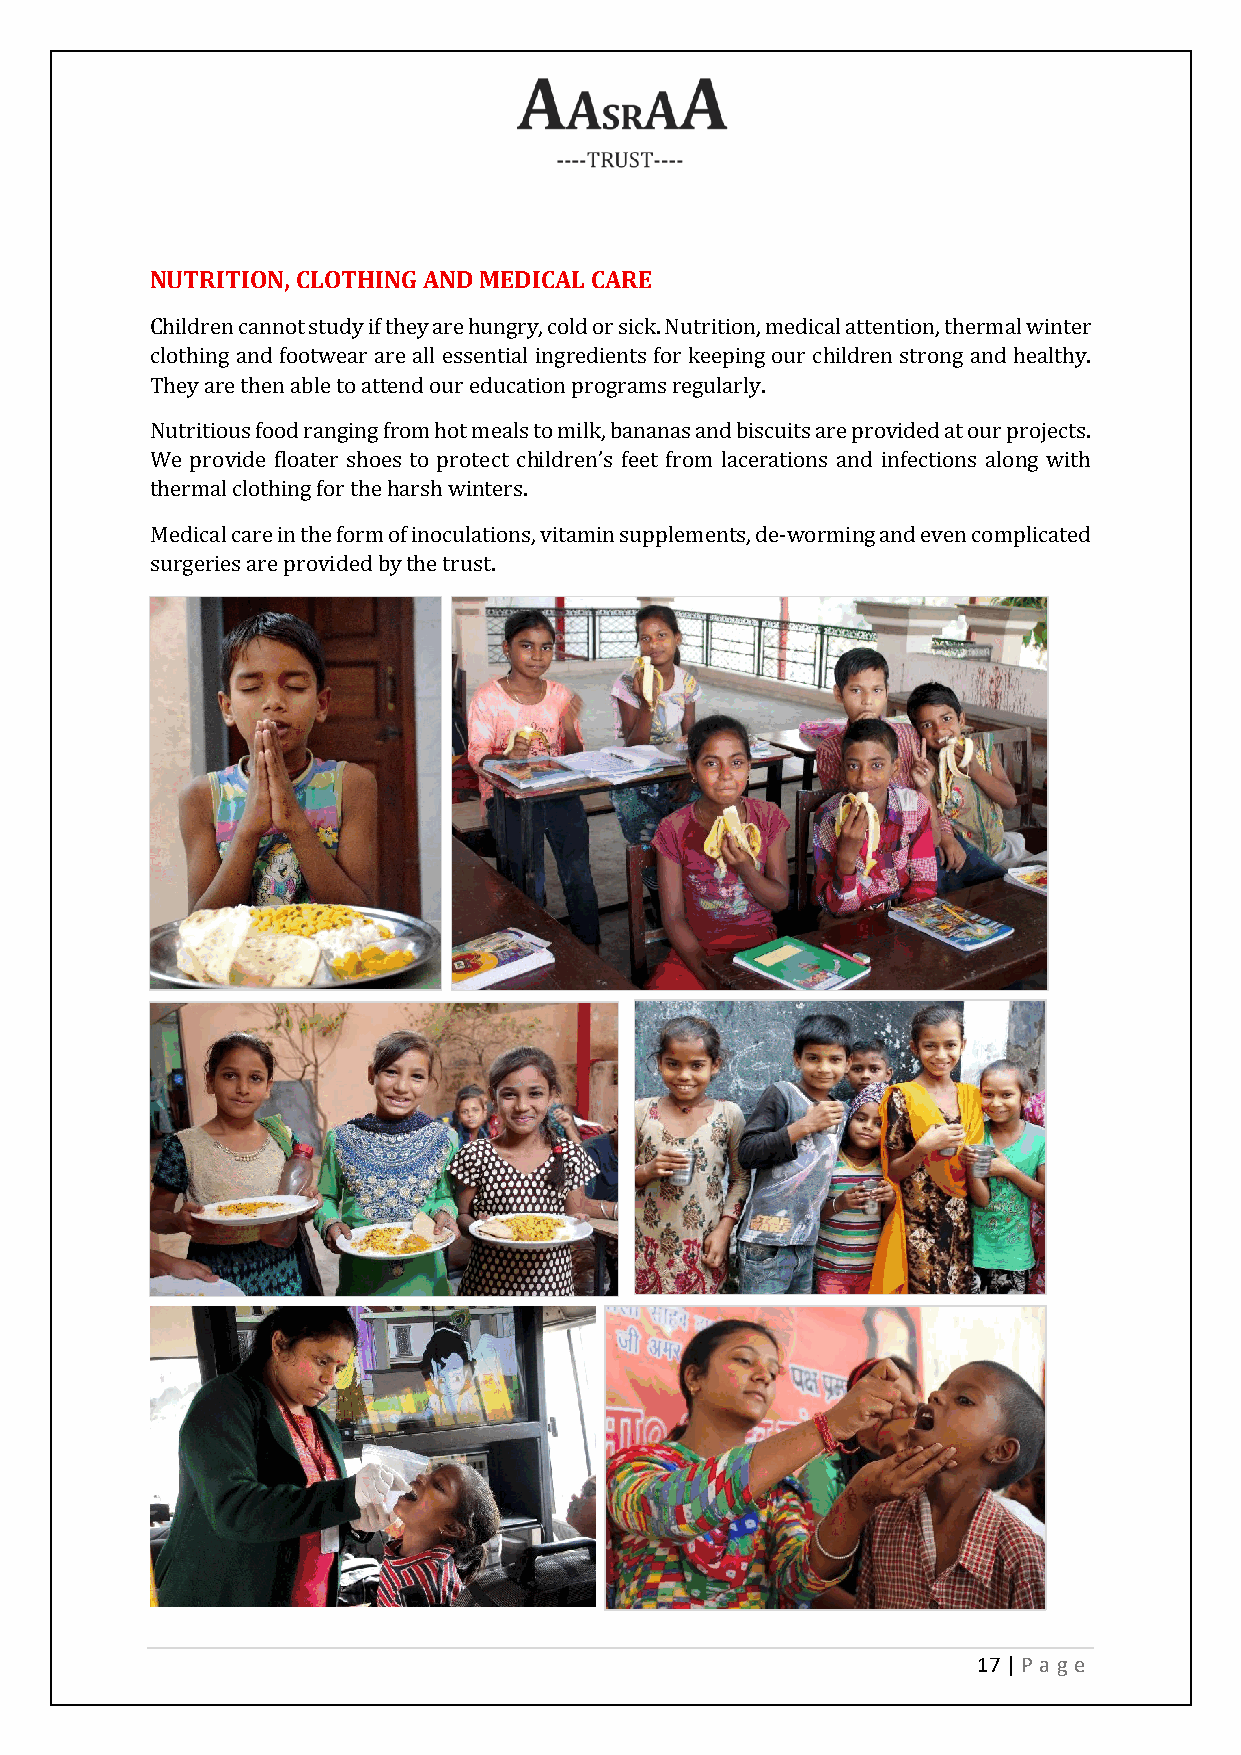
NUTRITION, CLOTHING AND MEDICAL CARE
 Children cannot study if they are hungry, cold or sick. Nutrition, medical attention, thermal winter
 clothing and footwear are all essential ingredients for keeping our children strong and healthy.
 They are then able to attend our education programs regularly.
 Nutritious food ranging from hot meals to milk, bananas and biscuits are provided at our projects.
 We provide floater shoes to protect children’s feet from lacerations and infections along with
 thermal clothing for the harsh winters.
 Medical care in the form of inoculations, vitamin supplements, de-worming and even complicated
 surgeries are provided by the trust.
 17 | P age